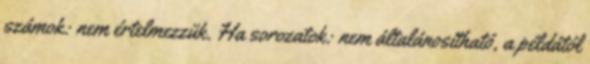
számok: nem értelmezzük. Ha sorozatok: nem általánosítható, a példától